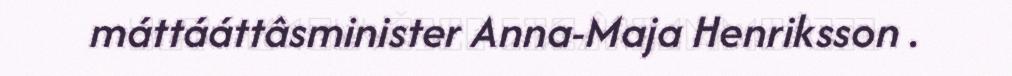
máttááttâsminister Anna-Maja Henriksson .